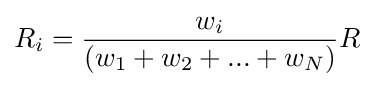
R_{i}={\frac {w_{i}}{(w_{1}+w_{2}+...+w_{N})}}R